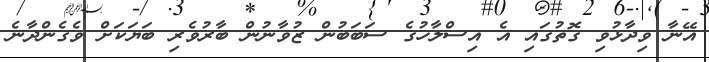
އޭނާ ވިދާޅުވި ގޮތުގައި އެ އިސްލާހުގެ ސަބަބުން ޒުވާނުން ބާރުވެރި ބަޔަކަށް ވެގެންދާނެ